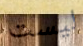
ليست